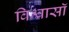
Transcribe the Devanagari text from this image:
विश्वासॉ